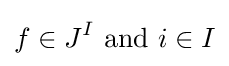
f\in J^{I}{\text{ and }}i\in I